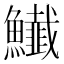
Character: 𩽅